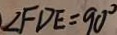
\angle F D E = 9 0 ^ { \circ }